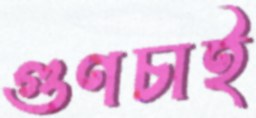
গুণচাই